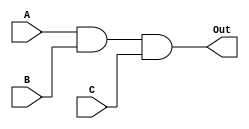
module And4inp (A , B, C , Out);
	input A , B, C ;
	output Out;

	assign Out = (A & B) & C;

endmodule